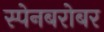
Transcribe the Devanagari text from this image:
स्पेनबरोबर